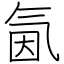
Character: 氤